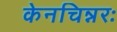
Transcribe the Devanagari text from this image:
केनचिन्नरः